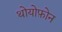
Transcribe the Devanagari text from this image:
थोयोफ़ोन